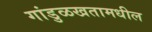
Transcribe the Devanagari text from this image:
गांडुळखतामधील